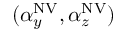
( \alpha _ { y } ^ { \mathrm { N V } } , \alpha _ { z } ^ { \mathrm { N V } } )